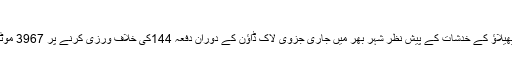
لاک ڈاؤن کے دوران ابتک 1489مقدمات درج
لا ہو ر(کر ائم رپو رٹر) لاہور پولیس نے کورونا وائرس کے پھیلاؤ کے خدشات کے پیش نظر شہر بھر میں جاری جزوی لاک ڈاؤن کے دوران دفعہ 144کی خلاف ورزی کرنے پر 3967 موٹر سائیکلیں، کاریں ودیگر وہیکلز مختلف تھانوں میں بند کردیں۔